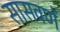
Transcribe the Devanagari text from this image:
सासवणें